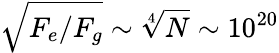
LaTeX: \sqrt{F_{e}/F_{g}}\sim\sqrt[4]{N}\sim 10^{20}